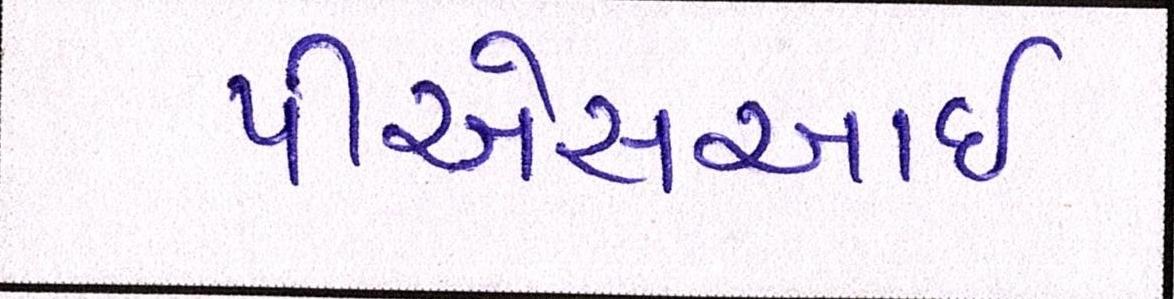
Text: પીએસઆઈ